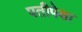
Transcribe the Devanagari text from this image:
पतीपेक्षा